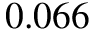
0 . 0 6 6